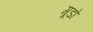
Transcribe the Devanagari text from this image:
गूडो